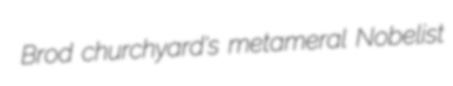
Brod churchyard's metameral Nobelist